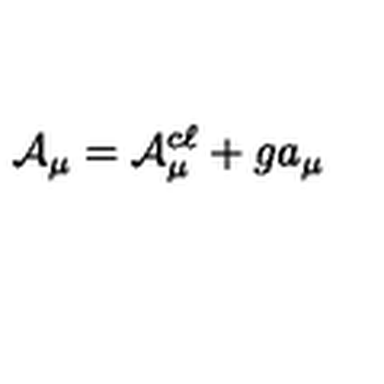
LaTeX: { \cal A } _ { \mu } = { \cal A } _ { \mu } ^ { c \ell } + g a _ { \mu }